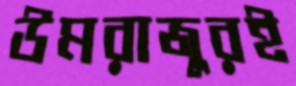
উমরাজুরই